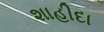
શાહીદા